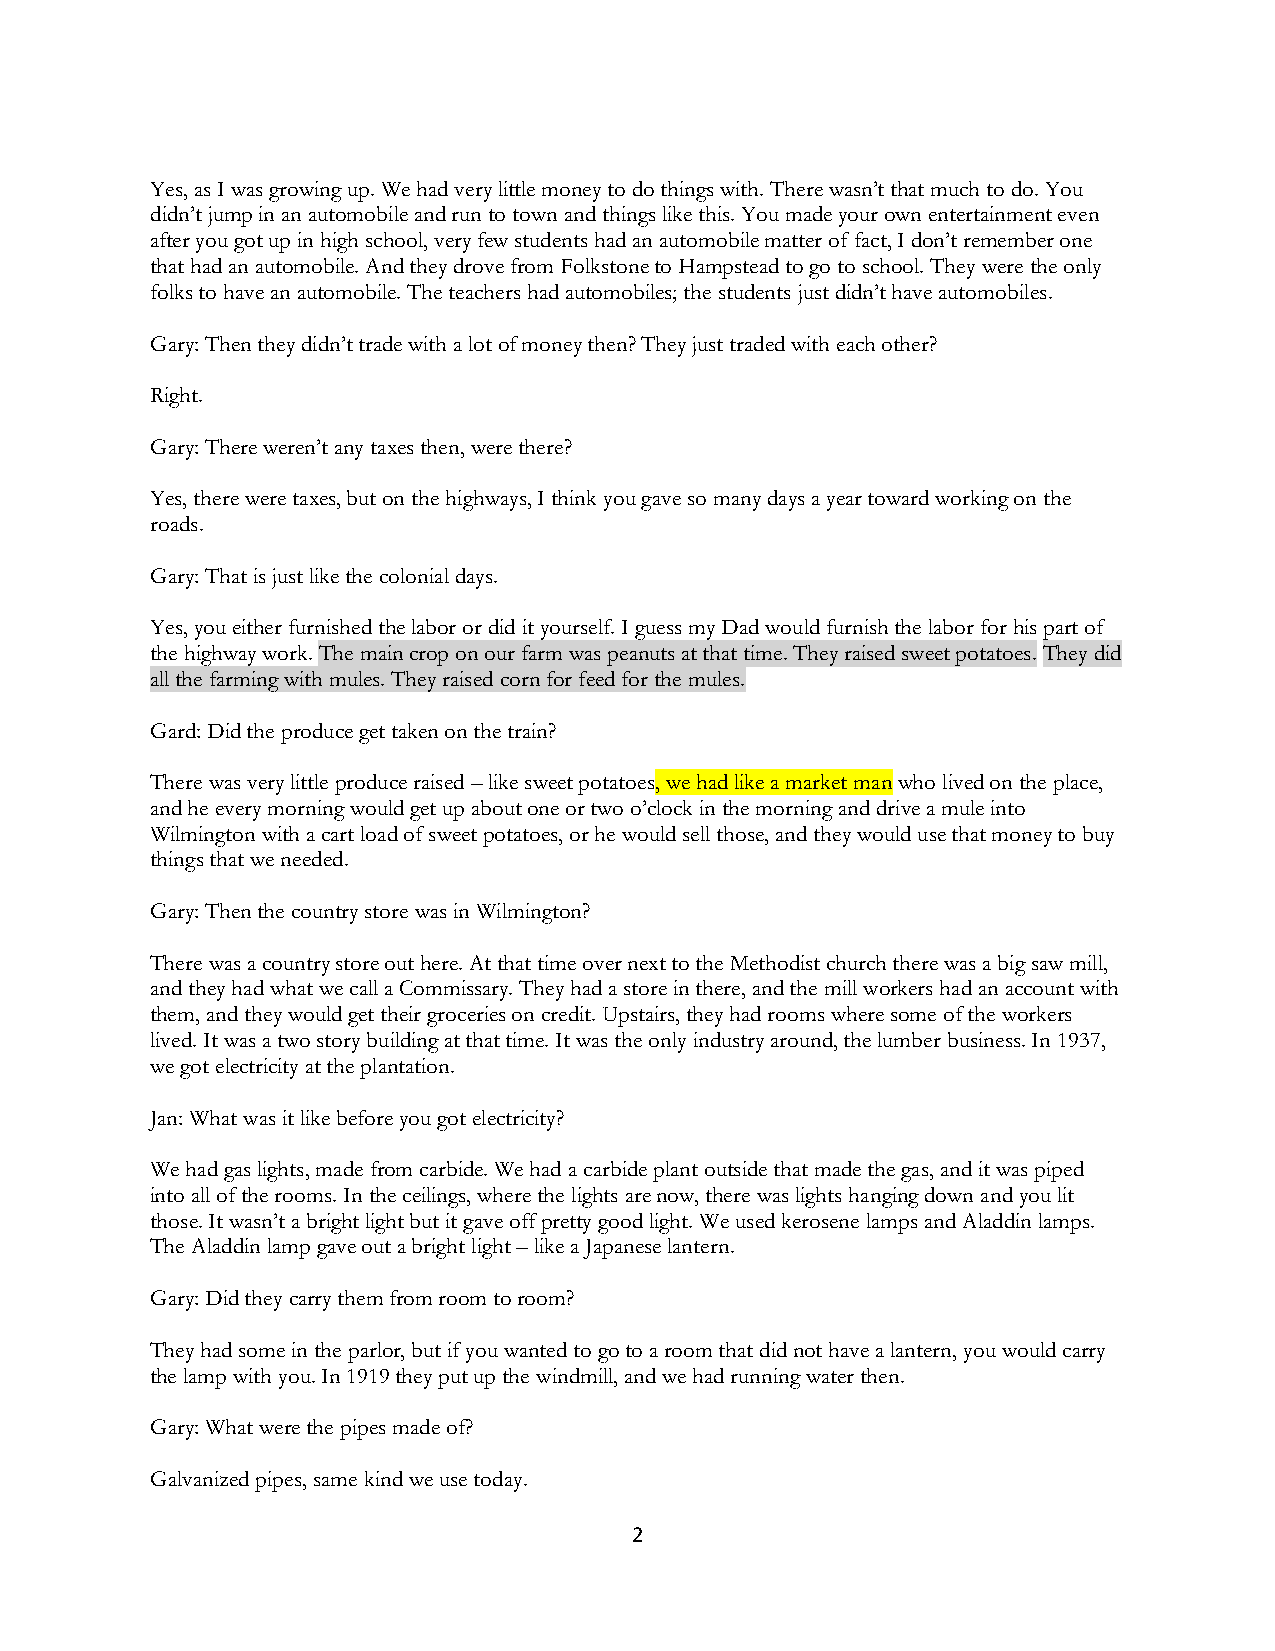
Yes, as I was growing up. We had very little money to do things with. There wasn’t that much to do. You
 didn’t jump in an automobile and run to town and things like this. You made your own entertainment even
 after you got up in high school, very few students had an automobile matter of fact, I don’t remember one
 that had an automobile. And they drove from Folkstone to Hampstead to go to school. They were the only
 folks to have an automobile. The teachers had automobiles; the students just didn’t have automobiles.
 Gary: Then they didn’t trade with a lot of money then? They just traded with each other?
 Right.
 Gary: There weren’t any taxes then, were there?
 Yes, there were taxes, but on the highways, I think you gave so many days a year toward working on the
 roads.
 Gary: That is just like the colonial days.
 Yes, you either furnished the labor or did it yourself. I guess my Dad would furnish the labor for his part of
 the highway work. The main crop on our farm was peanuts at that time. They raised sweet potatoes. They did
 all the farming with mules. They raised corn for feed for the mules.
 Gard: Did the produce get taken on the train?
 There was very little produce raised – like sweet potatoes, we had like a market man who lived on the place,
 and he every morning would get up about one or two o’clock in the morning and drive a mule into
 Wilmington with a cart load of sweet potatoes, or he would sell those, and they would use that money to buy
 things that we needed.
 Gary: Then the country store was in Wilmington?
 There was a country store out here. At that time over next to the Methodist church there was a big saw mill,
 and they had what we call a Commissary. They had a store in there, and the mill workers had an account with
 them, and they would get their groceries on credit. Upstairs, they had rooms where some of the workers
 lived. It was a two story building at that time. It was the only industry around, the lumber business. In 1937,
 we got electricity at the plantation.
 Jan: What was it like before you got electricity?
 We had gas lights, made from carbide. We had a carbide plant outside that made the gas, and it was piped
 into all of the rooms. In the ceilings, where the lights are now, there was lights hanging down and you lit
 those. It wasn’t a bright light but it gave off pretty good light. We used kerosene lamps and Aladdin lamps.
 The Aladdin lamp gave out a bright light – like a Japanese lantern.
 Gary: Did they carry them from room to room?
 They had some in the parlor, but if you wanted to go to a room that did not have a lantern, you would carry
 the lamp with you. In 1919 they put up the windmill, and we had running water then.
 Gary: What were the pipes made of?
 Galvanized pipes, same kind we use today.
 2